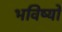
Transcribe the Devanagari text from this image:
भविष्यों